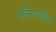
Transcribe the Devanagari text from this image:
तरिसापळ्ळि